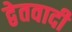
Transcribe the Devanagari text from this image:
द्वेतवादी